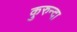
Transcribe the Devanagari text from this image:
कुरुन्दा